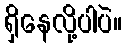
ရှိနေလို့ပါပဲ။